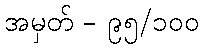
အမှတ် - ၉၅/၁၀၀